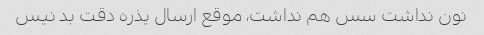
نون نداشت سس هم نداشت، موقع ارسال یذره دقت بد نیس